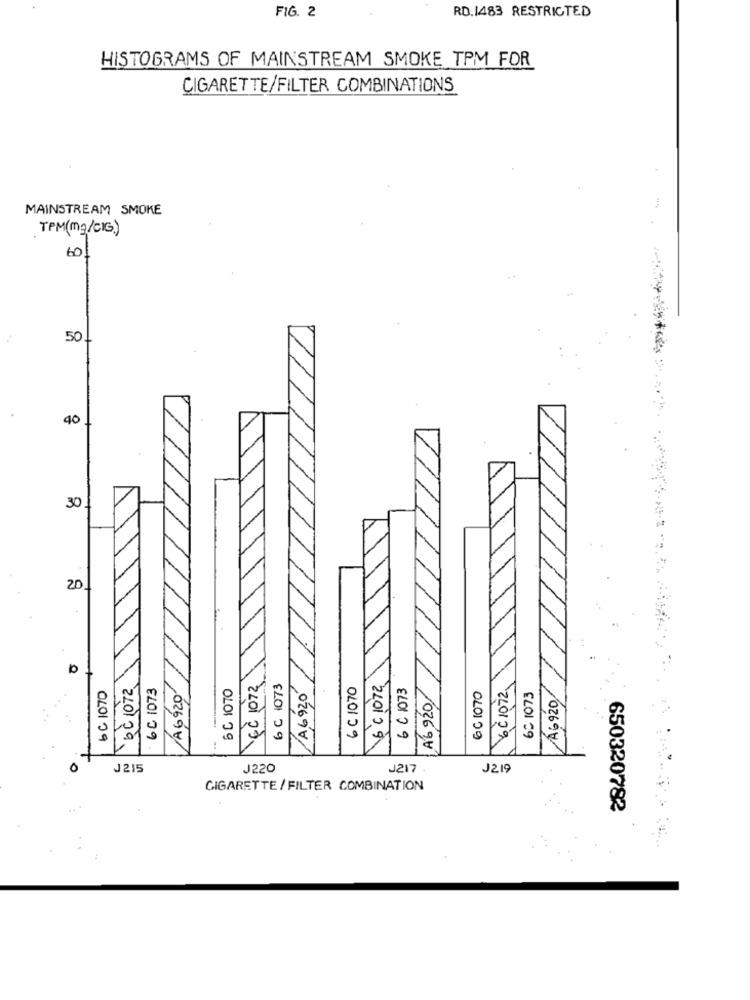
FIG. 2
RD.1483 RESTRICTED
HISTOGRAMS OF MAINSTREAM SMOKE TPM FOR
CIGARETTE/FILTER COMBINATIONS
MAINSTREAM SMOKE
TPM(mg/CIG)
60
11/1/10
50
40
30
20
/A6920
A6920,
A6 920
A6920
0℃ 1072
. 6 C 1073
6C 1070
EC 1072
6 C 1073
6 C 1070
16 ℃ 1072
6 C 1073
6 C 1070
6C 1070
bè1012
60 1073
0
J215
J220
J217
J219
CIGARETTE / FILTER COMBINATION
650320782